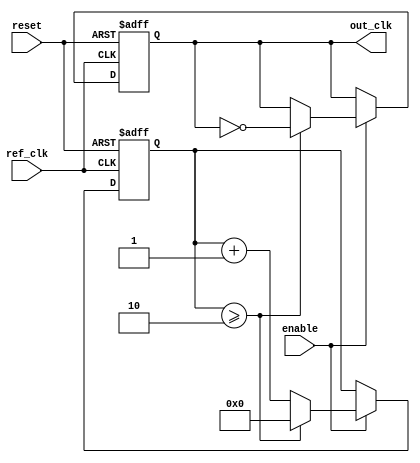
module parameterized_PLL #(
    parameter PARAM_M = 4,   // Multiplication factor
    parameter PARAM_N = 2,   // Division factor
    parameter PARAM_BW = 10   // Bandwidth (for loop filter)
)(
    input wire ref_clk,       // Reference clock
    input wire reset,         // Active high reset
    input wire enable,        // Enable signal
    output reg out_clk        // Output clock
);

    // Internal signals
    reg [31:0] phase_error;   // Phase error signal
    reg [31:0] vco_output;     // VCO output
    reg [31:0] loop_filter;    // Loop filter output
    reg [31:0] feedback_clk;   // Feedback clock
    reg [31:0] counter;        // Counter for output clock generation
    reg vco_enable;            // VCO enable signal

    // Phase Detector (PD)
    always @(posedge ref_clk or posedge reset) begin
        if (reset) begin
            phase_error <= 0;
        end else if (enable) begin
            // Simple phase detection logic (for illustration)
            if (feedback_clk > ref_clk) begin
                phase_error <= phase_error - 1; // Phase too late
            end else if (feedback_clk < ref_clk) begin
                phase_error <= phase_error + 1; // Phase too early
            end
        end
    end

    // Loop Filter (simple integrator for illustration)
    always @(posedge ref_clk or posedge reset) begin
        if (reset) begin
            loop_filter <= 0;
        end else if (enable) begin
            loop_filter <= loop_filter + (phase_error >> PARAM_BW); // Adjust based on bandwidth
        end
    end

    // Voltage-Controlled Oscillator (VCO)
    always @(posedge ref_clk or posedge reset) begin
        if (reset) begin
            vco_output <= 0;
            vco_enable <= 0;
        end else if (enable) begin
            vco_enable <= 1;
            vco_output <= (vco_output + loop_filter) % (PARAM_M * 2); // Simple VCO model
        end else begin
            vco_enable <= 0;
        end
    end

    // Output Clock Generation
    always @(posedge ref_clk or posedge reset) begin
        if (reset) begin
            out_clk <= 0;
            counter <= 0;
        end else if (enable) begin
            if (counter >= (PARAM_M / PARAM_N)) begin
                out_clk <= ~out_clk; // Toggle output clock
                counter <= 0; // Reset counter
            end else begin
                counter <= counter + 1; // Increment counter
            end
        end
    end

    // Feedback Clock Generation
    always @(posedge ref_clk or posedge reset) begin
        if (reset) begin
            feedback_clk <= 0;
        end else if (enable) begin
            feedback_clk <= vco_output; // Feedback from VCO
        end
    end

endmodule